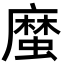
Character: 𢋙